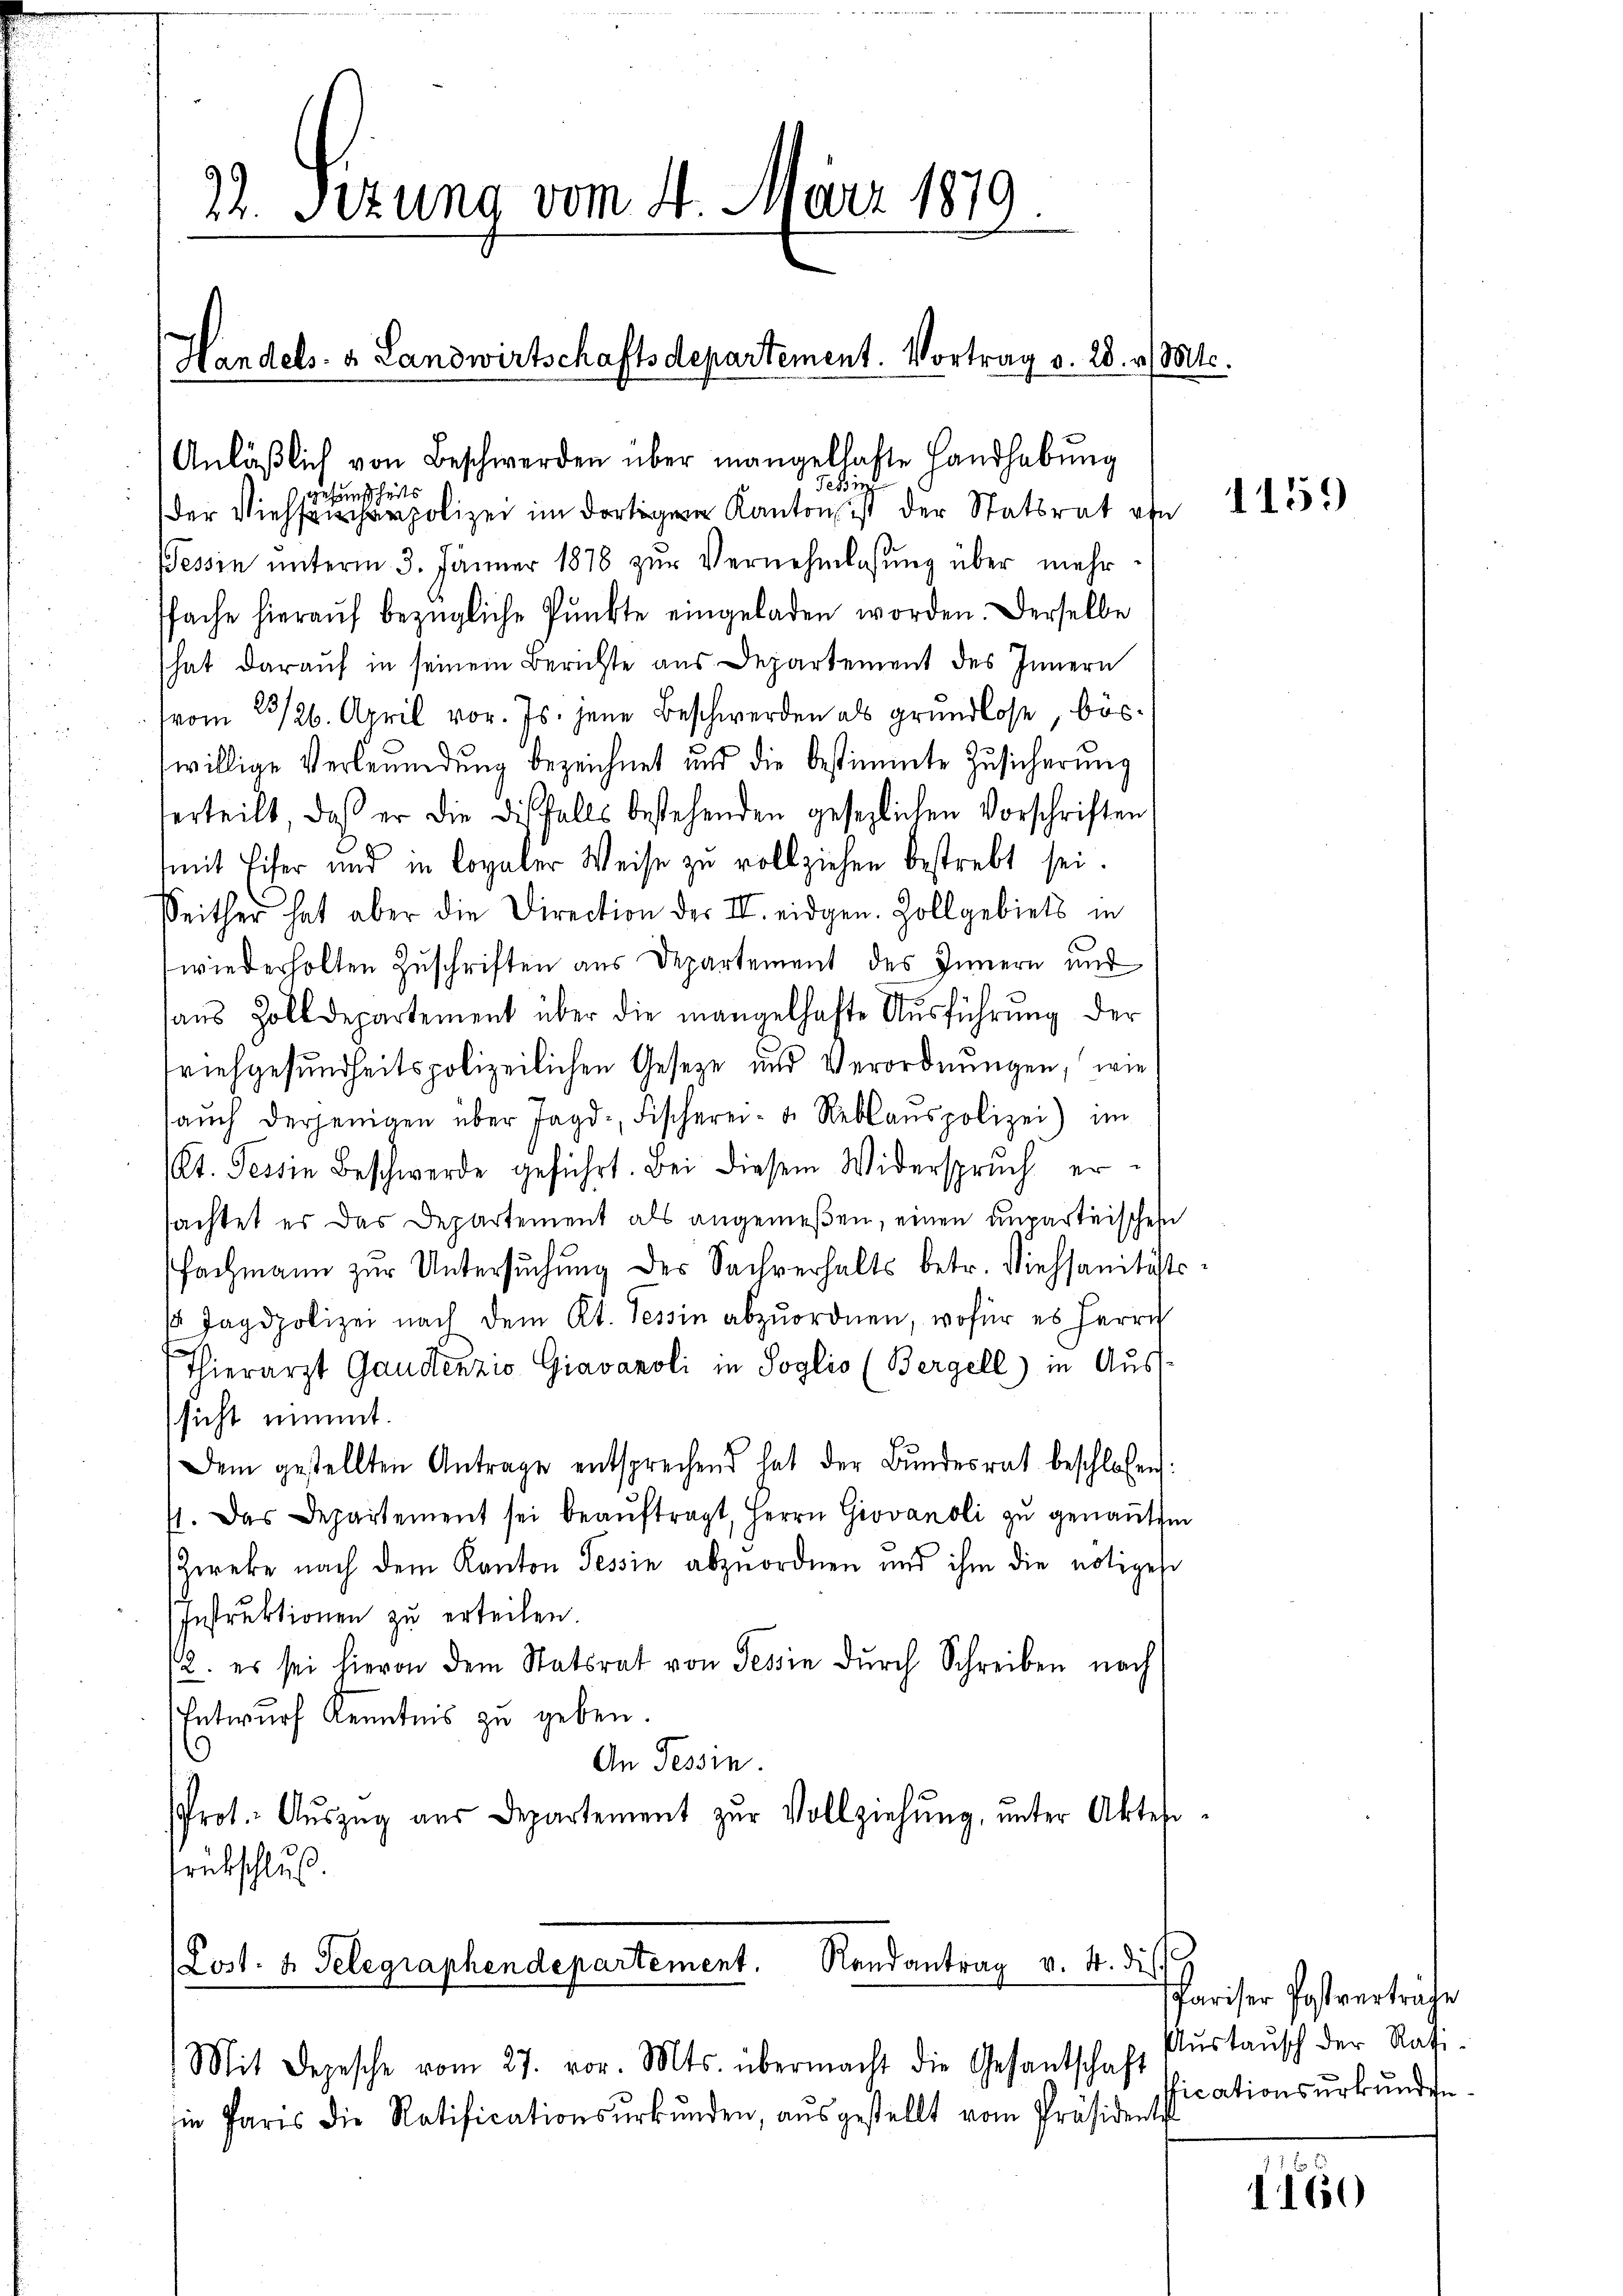
70
22. Setzung vom 4. März 181
.

Anläβlich von Beschwerden über mangellaste Handhabung
Tessin
gesandtheits
der Viehschärpolizei im dortige Kanton ist der Statsrat ohn
Tessin ŭnterm 3. Jänner 1878 zŭr Vernehmlassŭng über mehr
ffache hieraŭf bezügliche Pŭnkte eingeladen worden. Derselbe
hat darauf in seinem Berichte aus Departement des Innern
vom 23/26. April vor. Js. jene Beschwerden als grundlose, böswillige Verleumdung bezeichnet und die bestimmte Zusicherung
erteilt, daß er die diesfalls bestehenden gesezlichen Vorschriften
mit Eifer und in loyaler Weise zu vollziehen bestrebt sei.
Seither hat aber die Direction der II. eidgen. Zollgebiets in
wiederholten Zuschriften aus Departement des Innern und
aŭs Zolldepartement über die mangelhafte Aŭsführung der
viehgesundheitspolizeilichen Geseze und Verordnungen, wie
aŭch derjenigen über Jagd-, Fischerei- u. Reblanspolizei im
(Kt. Tessin Beschwerde geführt. Bei diesem Widerspruch ersachtet es das Departement als angemeßen, einen unparteischen
fachmann zur Untersŭchŭng des Sachverhalts betr. Viehsantiste
/a Jagdpolizei nach dem Kt. Tessin abzuordnen, wofür es herrn
Thierarzt Gaudenzio Gravanoli in Soglio (Bergell) in Aussicht nimmt.
Dem gestellten Antrage entsprechend hat der Bŭndesrat beschlossen:
st. Das Departement sei beaŭftragt, Herrn Giovanoli zu genannten
Zwreke nach dem Kanton Tessin abzuordnen und ihm die nötiges
Instruktionen zu erteilen.
12. es sei hievon dem Statsrat von Tessin dŭrch Schreiben nach
Entwurf Kenntnis zu geben.
9
An Tessin.
Prot. Aŭszŭg aŭs Departement zŭr Vollziehung, unter Aktes
rückschluß.
(Post- & Gelegraphendepartement. Randantrag v. 4. dies

Handels- & Landwirtschaftsdepartement. Vortrag v. 28. v. Mts.

Mit Depesche vom 27. vor. Mts. übermacht die Gesantschaft

in Paris die Ratificationsŭrkŭnden, aŭsgestellt vom Präsident

4

1159

Pariser Postvertrage
Austausch der Ratificationsurkunden.

1160